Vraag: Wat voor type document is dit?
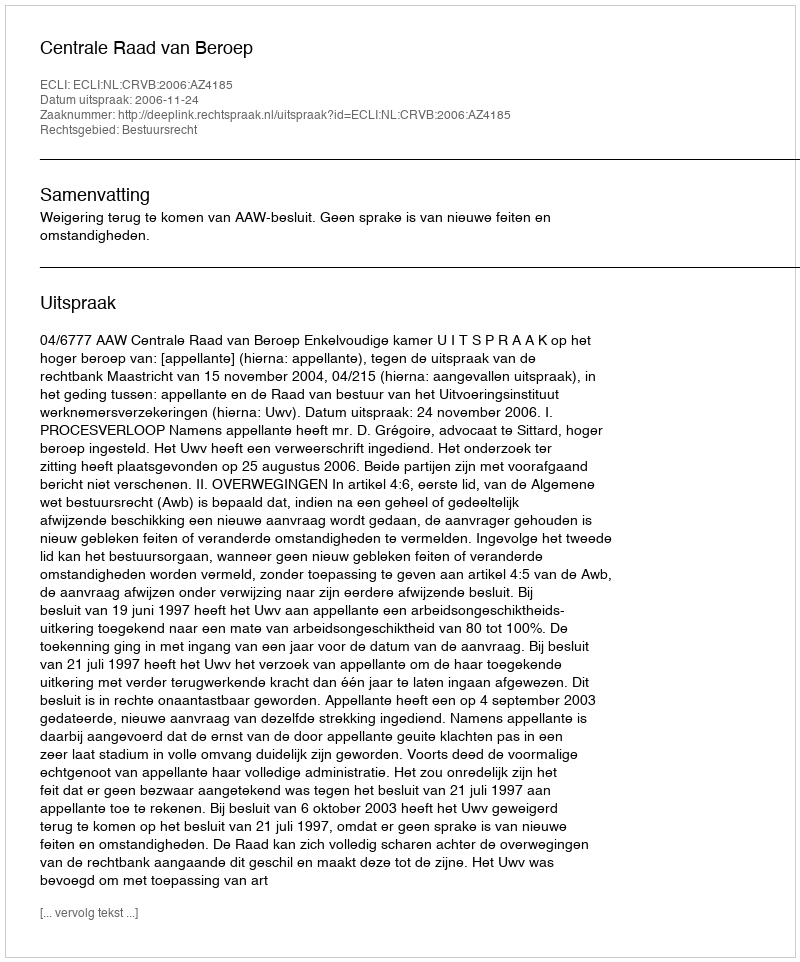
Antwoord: Uitspraak